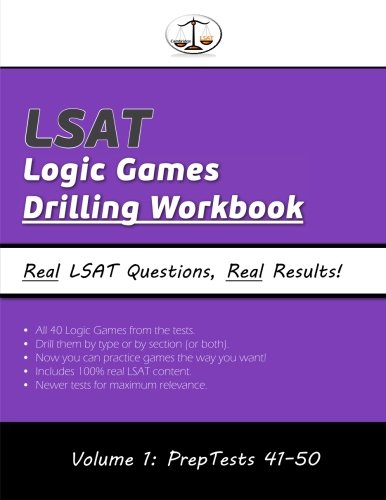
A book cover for LSAT Logic Games Drilling Workbook, Volume 1: All 40 Analytical Reasoning Problem Sets from PrepTests 41-50, Presented by Type and by Section (Cambridge LSAT); Morley Tatro; Test Preparation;